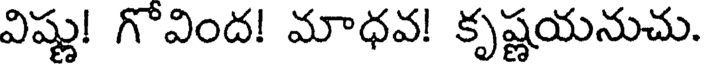
విష్ణు! గొవింద! మాధవ! కృష్ణయనుచు.